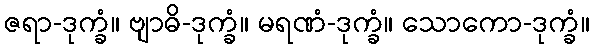
ဇရာ-ဒုက္ခံ။ ဗျာဓိ-ဒုက္ခံ။ မရဏံ-ဒုက္ခံ။ သောကော-ဒုက္ခံ။